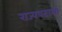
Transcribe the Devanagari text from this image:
राज्यपदाला